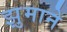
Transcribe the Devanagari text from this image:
झुमाने